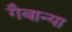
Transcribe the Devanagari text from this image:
गैबान्या